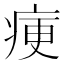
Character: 㾘